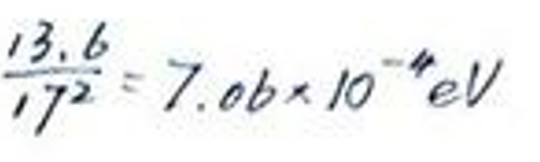
\(\frac{13.6}{172} = 7.06\times10^{-4}eV\)